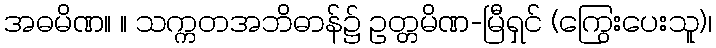
အဓမိဏ။ ။ သက္ကတအဘိဓာန်၌ ဥတ္တမိဏ-မြီရှင် (ကြွေးပေးသူ)၊